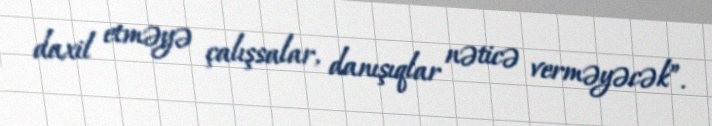
daxil etməyə çalışsalar, danışıqlar nəticə verməyəcək”.